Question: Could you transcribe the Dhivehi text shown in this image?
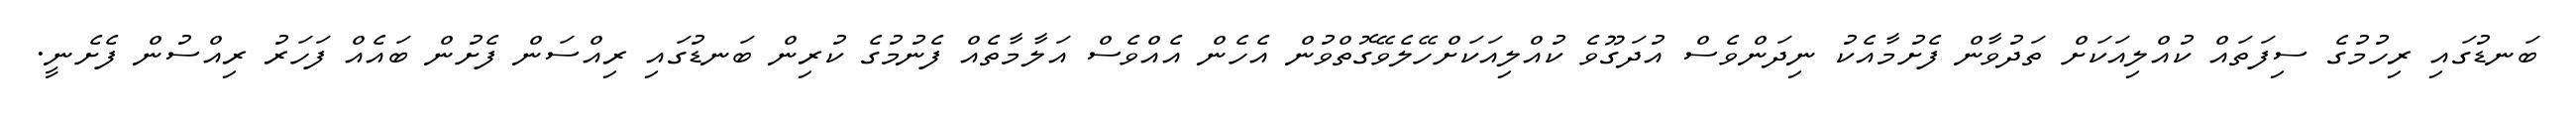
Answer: ބަނޑުގައި ރިހުމުގެ ސިފަތައް ކުއްލިއަކަށް ތަދުވާން ފެށުމާއެކު ނިދަންވެސް އުދަގޫވެ ކުއްލިއަކަށްހޭލެވޭގޮތްވުން އެހެން އެއްވެސް އަލާމާތެއް ފެނުމުގެ ކުރިން ބަނޑުގައި ރިއްސަން ފެށުން ބައެއް ފަހަރު ރިއްސުން ފެށެނީ.